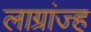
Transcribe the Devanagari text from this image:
लाग्रांज्ह